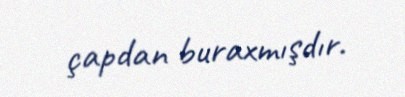
çapdan buraxmışdır.